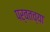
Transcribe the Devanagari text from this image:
पर्वतच्या